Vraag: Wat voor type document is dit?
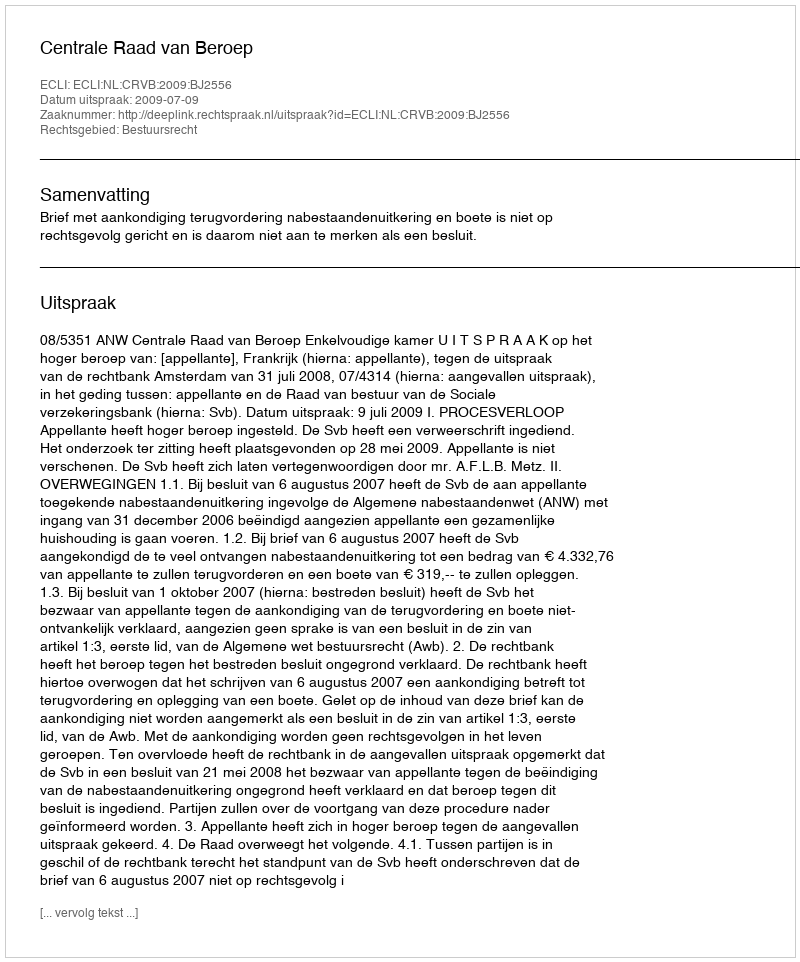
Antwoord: Uitspraak